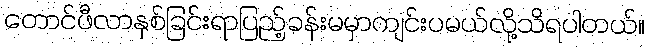
တောင်ဖီလာနှစ်ခြင်းရာပြည့်ခန်းမမှာကျင်းပမယ်လို့သိရပါတယ်။